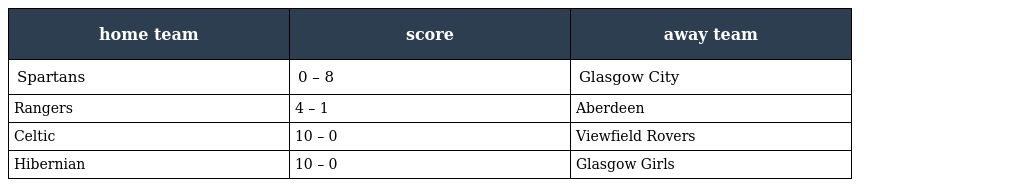
| home team | score | away team |
 | --- | --- | --- |
 | Spartans | 0 – 8 | Glasgow City |
 | Rangers | 4 – 1 | Aberdeen |
 | Celtic | 10 – 0 | Viewfield Rovers |
 | Hibernian | 10 – 0 | Glasgow Girls |